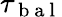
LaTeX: \tau_{\mathrm{~b~a~l~}}